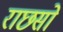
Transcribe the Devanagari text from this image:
राछसों